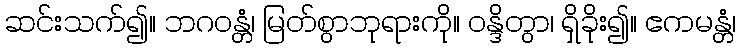
ဆင်းသက်၍။ ဘဂဝန္တံ၊ မြတ်စွာဘုရားကို။ ဝန္ဒိတွာ၊ ရှိခိုး၍။ ဧကမန္တံ၊